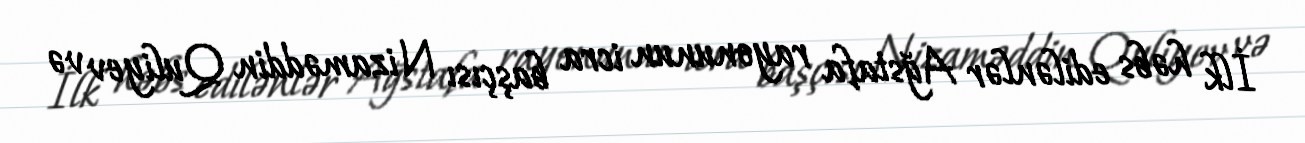
İlk həbs edilənlər Ağstafa rayonunun icra başçısı Nizaməddin Quliyev və